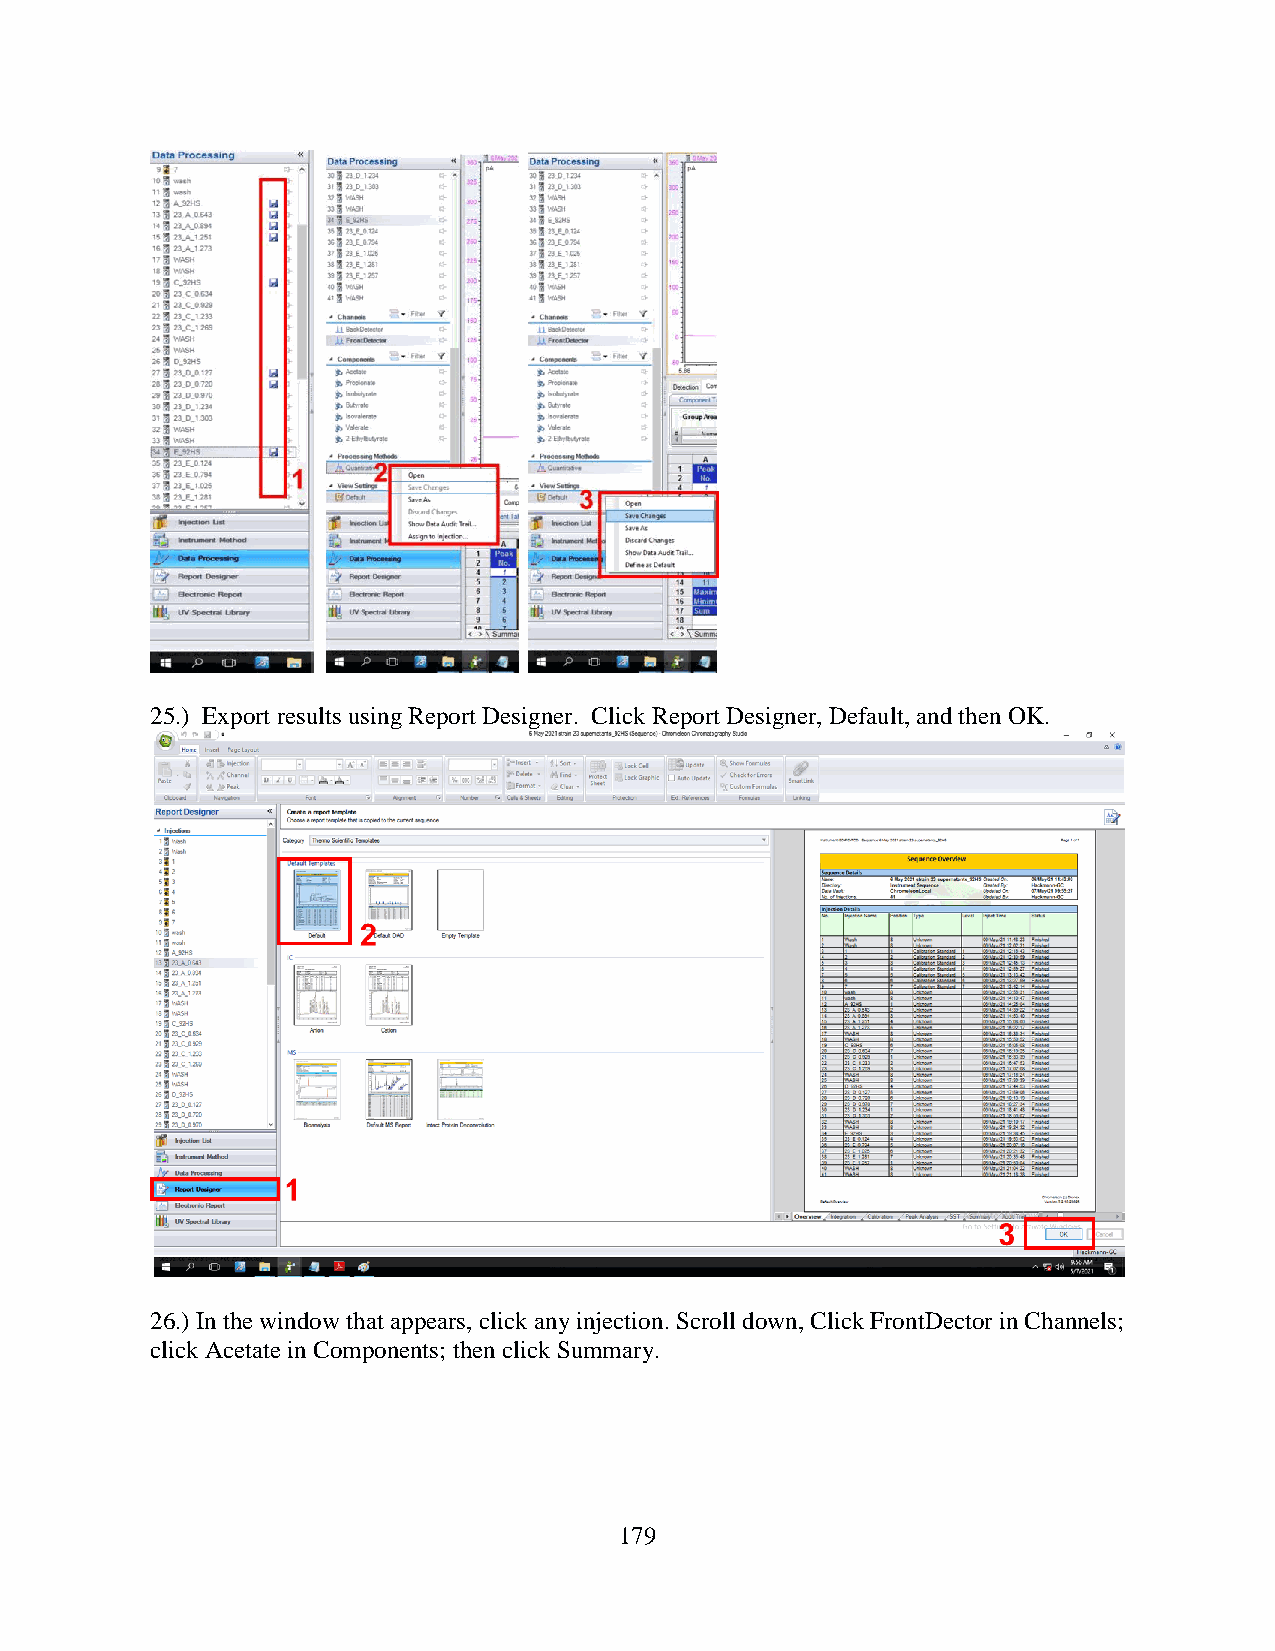
25.) Export results using Report Designer. Click Report Designer, Default, and then OK.
 26.) In the window that appears, click any injection. Scroll down, Click FrontDector in Channels;
 click Acetate in Components; then click Summary.
 179